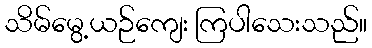
သိမ်မွေ့ယဉ်ကျေး ကြပါသေးသည်။